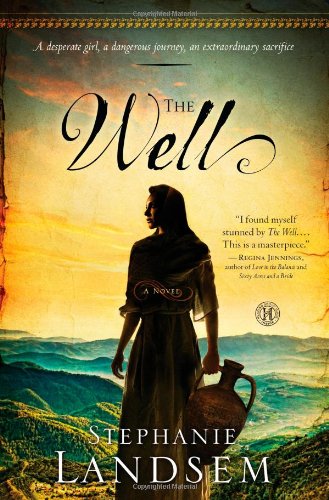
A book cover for The Well: A Novel (The Living Water Series); Stephanie Landsem; Romance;